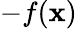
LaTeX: -f(\mathbf{x})